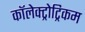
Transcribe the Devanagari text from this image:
कॉलेक्ट्रोट्रिकम